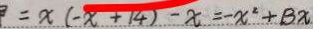
= x ( - x + 1 4 ) - x = - x ^ { 2 } + B x